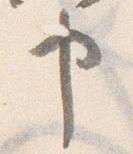
申